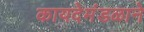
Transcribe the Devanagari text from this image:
कायदेमंडळाने